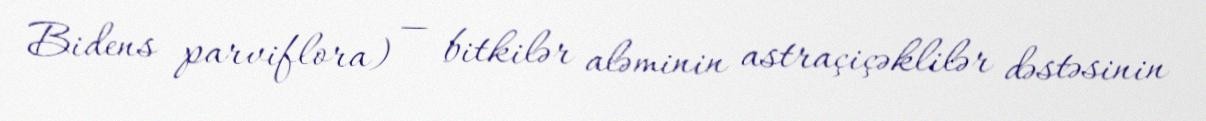
Bidens parviflora) — bitkilər aləminin astraçiçəklilər dəstəsinin